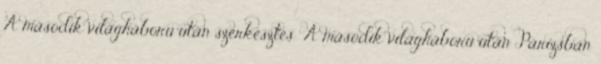
A második világháború után szerkesztés A második világháború után Párizsban